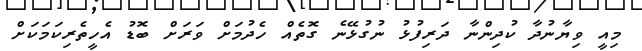
މިއީ ވިޔާނުދާ ކުދިންނާ ދަރިފުޅު ނުގުޅޭނެ ގޮތެއް ހެދުމަށް ވަރަށް ބޮޑު އެހީތެރިކަމަކަށް